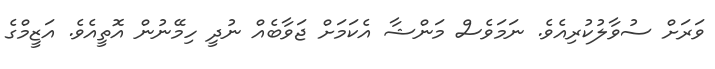
ވަރަށް ސުވާލުކުރިއެވެ. ނަމަވެސް މަންޝާ އެކަމަށް ޖަވާބެއް ނުދީ ހިމޭނުން އޮތީއެވެ. އަޒީމްގެ